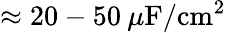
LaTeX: \approx 20-50\: \mu\mathrm{F/cm^{2}}